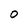
Character: O